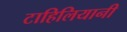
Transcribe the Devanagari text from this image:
टाहिलियानी